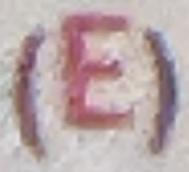
(E)